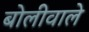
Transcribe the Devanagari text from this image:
बोलीवाले